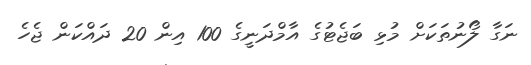
ނަގާ ލޯނުތަކަށް މުޅި ބަޖެޓުގެ އާމްދަނީގެ 100 އިން 20 ދައްކަން ޖެހެ